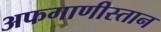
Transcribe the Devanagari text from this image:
अफगाणीस्तान